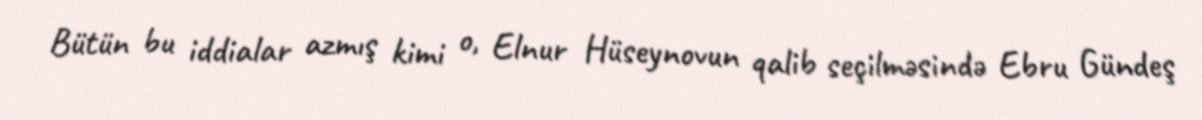
Bütün bu iddialar azmış kimi o, Elnur Hüseynovun qalib seçilməsində Ebru Gündeş